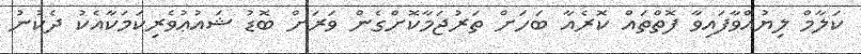
ކަލާމް ލިޔުއްވާފައިވާ ފޮތްތައް ކޮރެއާ ބަހަށް ތަރުޖަމާކޮށްގެން ވަރަށް ބޮޑު ޝައުޢުވެރިކަމަކާއެކު ދެކުނު